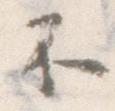
不